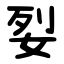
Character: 姴